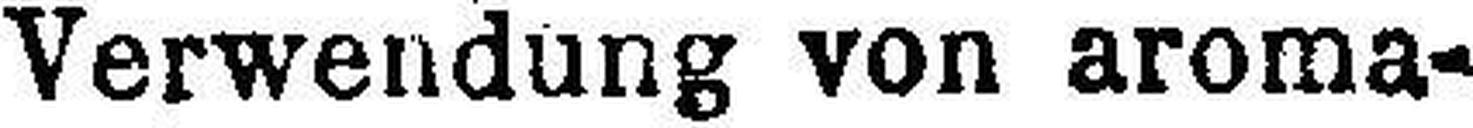
Verwendung von aroma¬